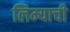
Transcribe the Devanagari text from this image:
लिम्याची